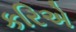
કરિએ